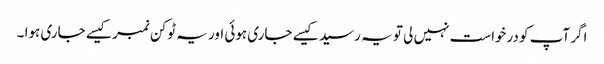
اگر آپ کو درخواست نہیں لی تو یہ رسید کیسے جاری ہوئی اور یہ ٹوکن نمبر کیسے جاری ہوا ۔